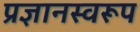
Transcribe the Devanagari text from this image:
प्रज्ञानस्वरूप